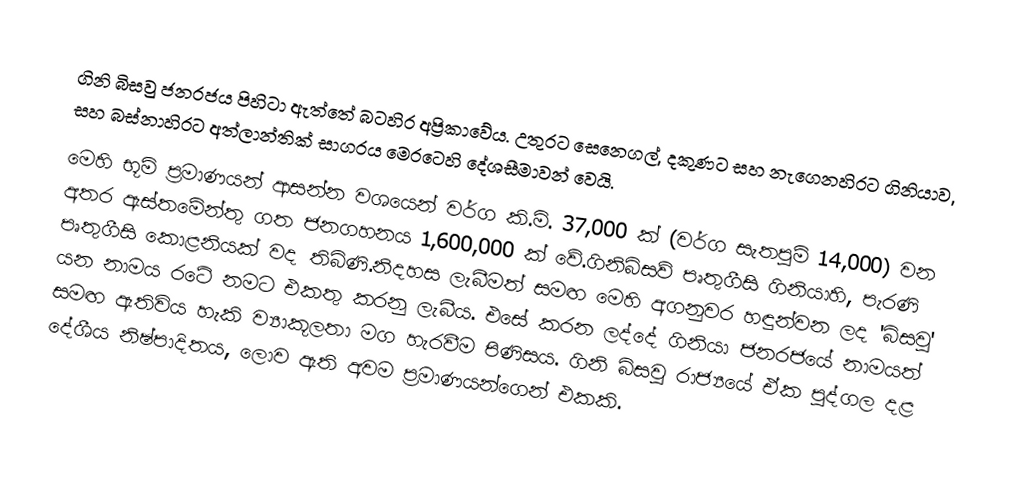
ගිනි බිසවු ජනරජය පිහිටා ඇත්තේ බටහිර අප්‍රිකාවේය. උතුරට සෙනෙගල්, දකුණට සහ නැගෙනහිරට ගිනියාව, සහ බස්නාහිරට අත්ලාන්තික් සාගරය මෙරටෙහි දේශසීමාවන් වෙයි.
මෙහි භූමි ප්‍රමාණයන් ආසන්න වශයෙන් වර්ග කි.මි. 37,000 ක් (වර්ග සැතපුම් 14,000) වන අතර ඇස්තමේන්තු ගත ජනගහනය 1,600,000 ක් වේ.ගිනිබිසව් පෘතුගීසි ගිනියාහි, පැරණි පෘතුගීසි කොළනියක් වද තිබිණි.නිදහස ලැබීමත් සමඟ මෙහි අගනුවර හඳුන්වන ලද 'බිසවු' යන නාමය රටේ නමට එකතු  කරනු ලැබීය.  එසේ කරන ලද්දේ ගිනියා ජනරජයේ නාමයත් සමඟ ඇතිවිය හැකි ව්‍යාකූලතා මග හැරවීම පිණිසය. ගිනි බිසවු රාජ්‍යයේ ඒක පුද්ගල දළ දේශීය නිෂ්පාදිතය, ලොව  ඇති අවම ප්‍රමාණයන්ගෙන් ‍එකකි.